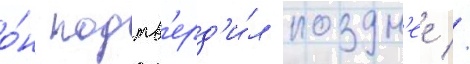
о́н подтв'ерд'и́л поздн'ее //